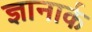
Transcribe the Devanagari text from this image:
ज्ञानार्क